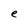
Character: e